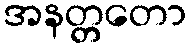
အနတ္တတော